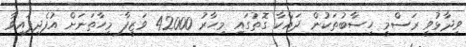
ވިދާޅުވީ ރަސްމީ ހިސާބުތަކުން ދައްކާ ގޮތުގައި މިހާރު 42000 ވަޒީފާ މިހާތަނަށް އުފެދިފައިވާ